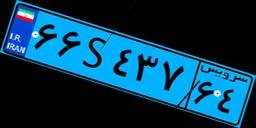
۱۱S۹۶۶۷۴